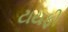
ટાયફી